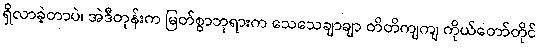
ရှိလာခဲ့တာပဲ၊ အဲဒီတုန်းက မြတ်စွာဘုရားက သေသေချာချာ တိတိကျကျ ကိုယ်တော်တိုင်